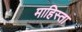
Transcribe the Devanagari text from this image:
माहिस्ता